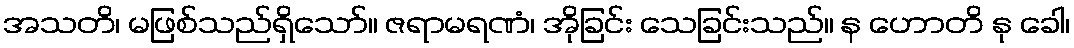
အသတိ၊ မဖြစ်သည်ရှိသော်။ ဇရာမရဏံ၊ အိုခြင်း သေခြင်းသည်။ န ဟောတိ နု ခေါ၊